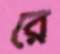
রে